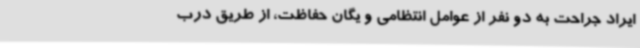
ایراد جراحت به دو نفر از عوامل انتظامی و یگان حفاظت، از طریق درب